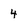
Character: 4